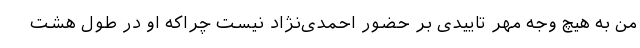
من به هیچ وجه مهر تاییدی بر حضور احمدی‌نژاد نیست چراکه او در طول هشت